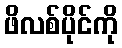
ဖိလစ်ပိုင်ကို